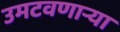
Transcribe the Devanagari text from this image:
उमटवणाऱ्या